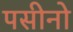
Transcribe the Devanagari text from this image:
पसीनो